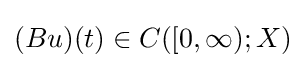
(Bu)(t)\in C([0,\infty );X)